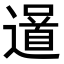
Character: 𨗓